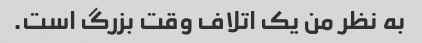
به نظر من یک اتلاف وقت بزرگ است.